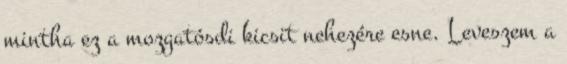
mintha ez a mozgatósdi kicsit nehezére esne. Leveszem a